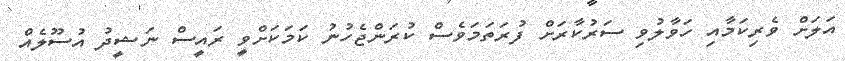
އަލަށް ވެރިކަމާއި ހަވާލުވި ސަރުކާރަށް ފުރަތަމަވެސް ކުރަންޖެހުނު ކަމަކަށްވީ ރައީސް ނަޝީދު އުސޫލެއް